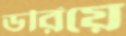
ডরিয়ে